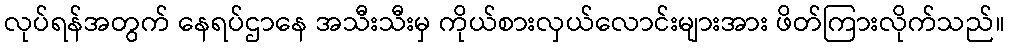
လုပ်ရန်အတွက် နေရပ်ဌာနေ အသီးသီးမှ ကိုယ်စားလှယ်လောင်းများအား ဖိတ်ကြားလိုက်သည်။